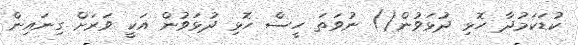
ކުޑަކަމުދާ ހޮޅި ދުޅަވުން() ނުވަތަ ހީސް ހޮޅި ދުޅަވުން އަކީ ވަރަށް ގިނައިން